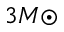
3 M { \odot }